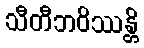
သီတီဘဝိဿန္တိ